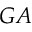
G A